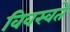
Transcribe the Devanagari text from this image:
विवस्वते